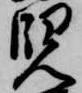
児